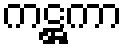
ကဋ္ဌကာ